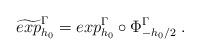
LaTeX: \begin{align*}\widetilde{exp}^{\Gamma}_{h_0}=exp_{h_0}^{\Gamma}\circ \Phi^{\Gamma}_{-h_0/2}\; .\end{align*}